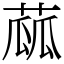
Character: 蓏